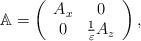
LaTeX: \begin{align*}\mathbb{A}=\left(\begin{array}{cc}A_x & 0\\0 & \frac{1}{\varepsilon}A_z\end{array}\right),\end{align*}